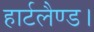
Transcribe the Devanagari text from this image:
हार्टलैण्ड।